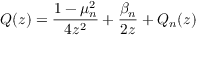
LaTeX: Q ( z ) = \frac { 1 - \mu _ { n } ^ { 2 } } { 4 z ^ { 2 } } + \frac { \beta _ { n } } { 2 z } + Q _ { n } ( z )